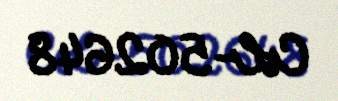
CL-502648